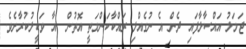
ޖަމަލު އައްސާލާފައި ދެން އެ ނުގެއްލި ރައްކާކަންމަތީ އޮތުން  އާ ވަކީލުކުރާށެވެ.